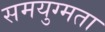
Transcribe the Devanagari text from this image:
समयुग्मता